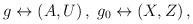
LaTeX: \begin{align*}g\leftrightarrow (A,U)\,,\;g_0\leftrightarrow (X,Z)\,, \end{align*}